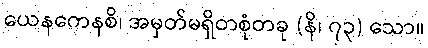
ယေနကေနစိ၊ အမှတ်မရှိတစုံတခု (နိ၊ ၇၃) သော။